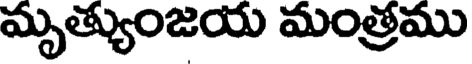
మృత్యుంజయ మంత్రము